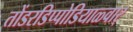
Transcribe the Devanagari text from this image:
तोंडरडिप्पोडियाळ्वार्